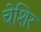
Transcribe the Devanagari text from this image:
चेशिर